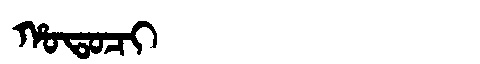
Manchu: ᡥᠣᡨᠣᠴᡳ
Romanization: HOTOCI